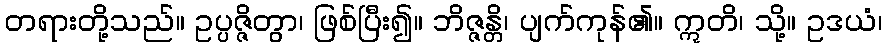
တရားတို့သည်။ ဥပ္ပဇ္ဇိတွာ၊ ဖြစ်ပြီး၍။ ဘိဇ္ဇန္တိ၊ ပျက်ကုန်၏။ ဣတိ၊ သို့။ ဥဒယံ၊